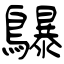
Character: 鸔